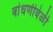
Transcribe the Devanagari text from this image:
बांधणीवेळी